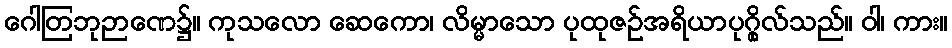
ဂေါတြဘုဉာဏေ၌။ ကုသလော ဆေကော၊ လိမ္မာသော ပုထုဇဉ်အရိယာပုဂ္ဂိုလ်သည်။ ဝါ၊ ကား။